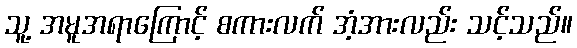
သူ့ အမူအရာကြောင့် စကားလက် အံ့အားလည်း သင့်သည်။